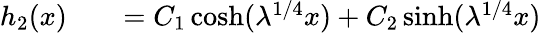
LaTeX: \begin{array}{rlr}{h_{2}(x)}&{{}}&{=C_{1}\cosh(\lambda^{1/4}x)+C_{2}\sinh(\lambda^{1/4}x)}\end{array}